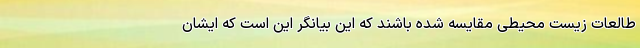
طالعات زیست محیطی مقایسه شده باشند که این بیانگر این است که ایشان